38_143685_box7_Incident_Summaries_1-100
Agency: Department of War
Page 137
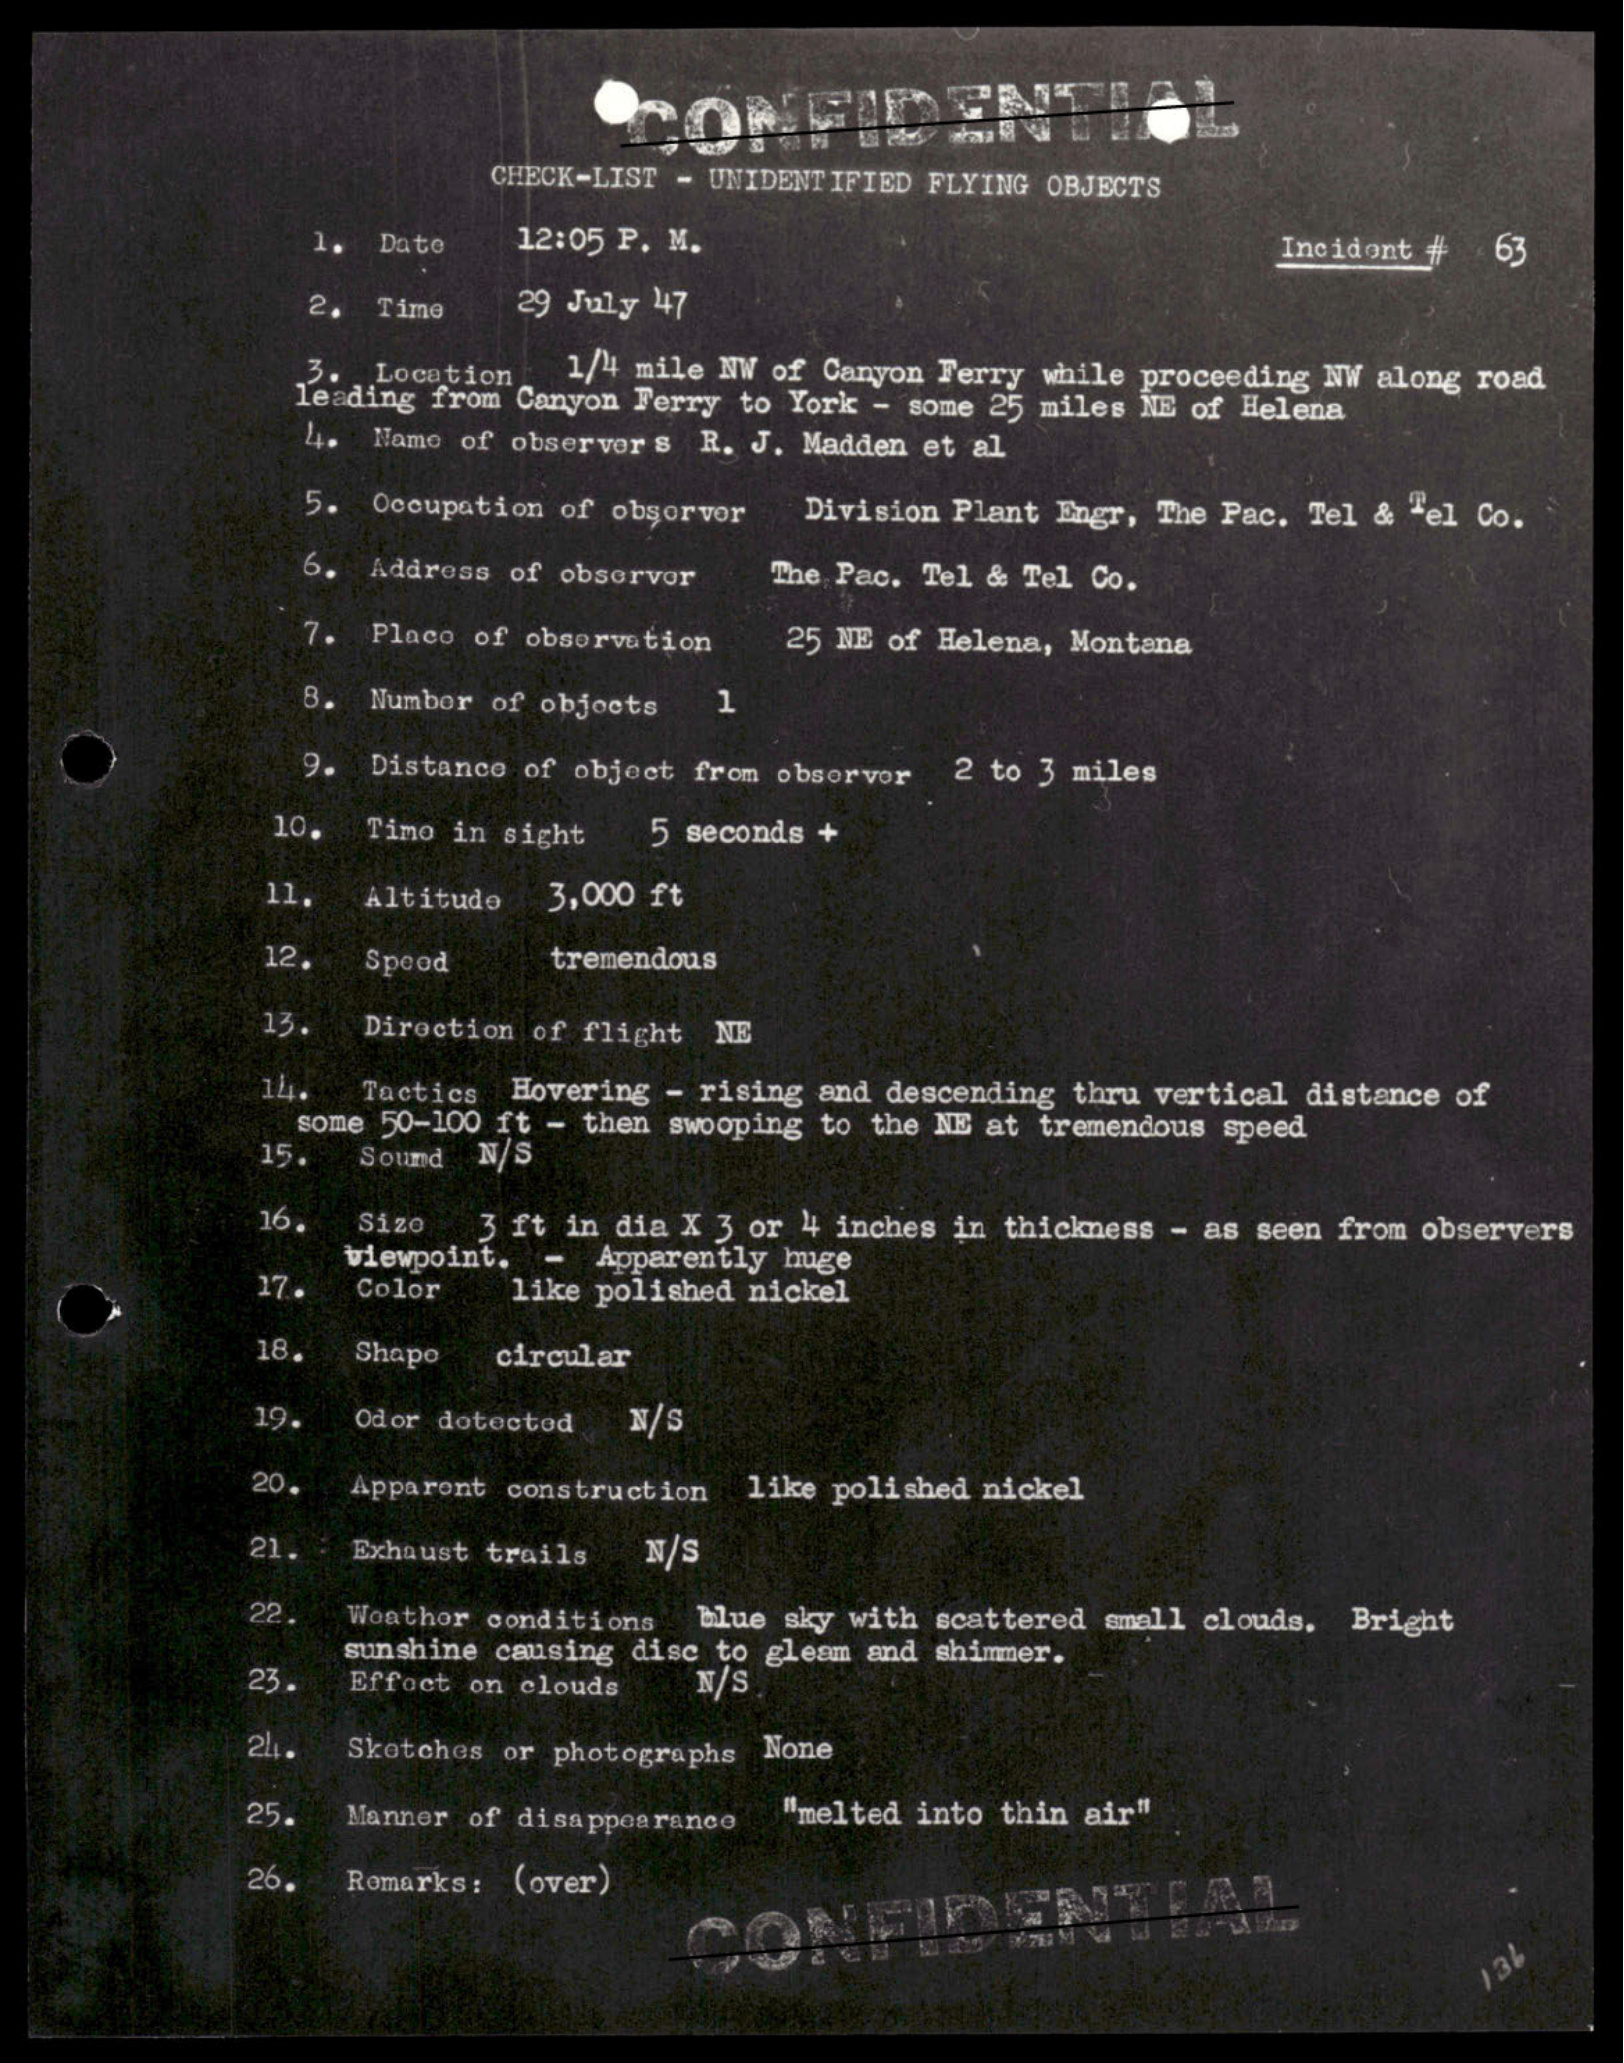